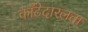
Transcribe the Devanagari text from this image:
काँटेदारलता